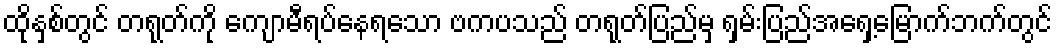
ထိုနှစ်တွင် တရုတ်ကို ကျောမီရပ်နေရသော ဗကပသည် တရုတ်ပြည်မှ ရှမ်းပြည်အရှေ့မြောက်ဘက်တွင်